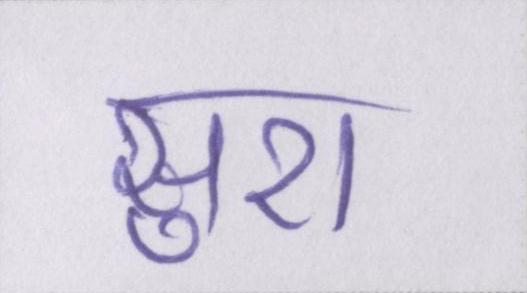
सुरा